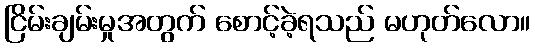
ငြိမ်းချမ်းမှုအတွက် စောင့်ခဲ့ရသည် မဟုတ်လော။